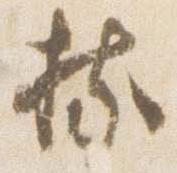
持